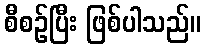
စီစဉ်ပြီး ဖြစ်ပါသည်။